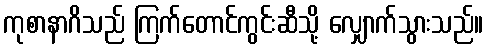
ကုစာနာဂိသည် ကြက်တောင်ကွင်းဆီသို့ လျှောက်သွားသည်။